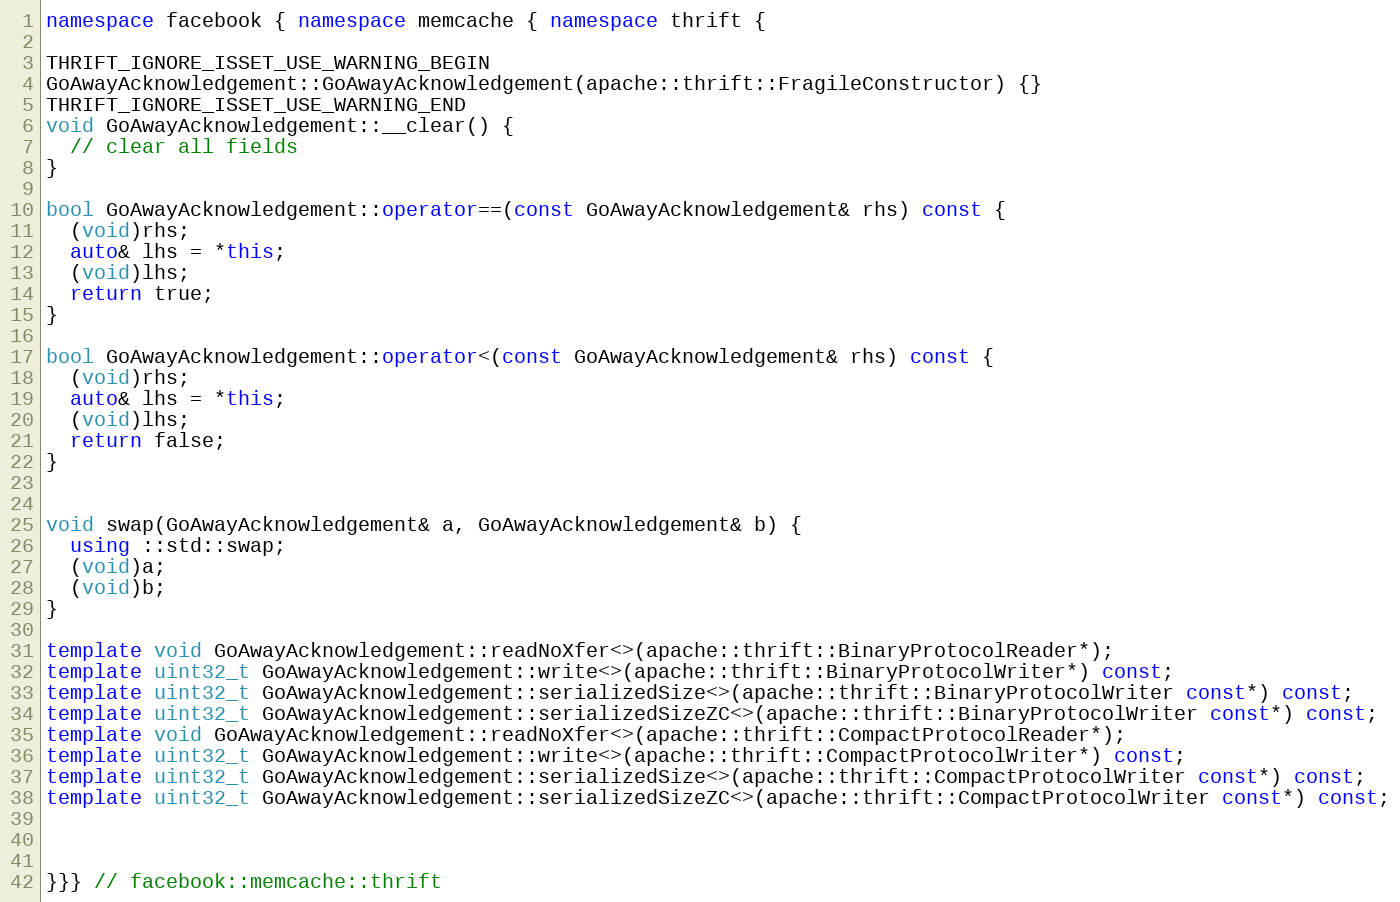
Language: C++
namespace facebook { namespace memcache { namespace thrift {

THRIFT_IGNORE_ISSET_USE_WARNING_BEGIN
GoAwayAcknowledgement::GoAwayAcknowledgement(apache::thrift::FragileConstructor) {}
THRIFT_IGNORE_ISSET_USE_WARNING_END
void GoAwayAcknowledgement::__clear() {
  // clear all fields
}

bool GoAwayAcknowledgement::operator==(const GoAwayAcknowledgement& rhs) const {
  (void)rhs;
  auto& lhs = *this;
  (void)lhs;
  return true;
}

bool GoAwayAcknowledgement::operator<(const GoAwayAcknowledgement& rhs) const {
  (void)rhs;
  auto& lhs = *this;
  (void)lhs;
  return false;
}

void swap(GoAwayAcknowledgement& a, GoAwayAcknowledgement& b) {
  using ::std::swap;
  (void)a;
  (void)b;
}

template void GoAwayAcknowledgement::readNoXfer<>(apache::thrift::BinaryProtocolReader*);
template uint32_t GoAwayAcknowledgement::write<>(apache::thrift::BinaryProtocolWriter*) const;
template uint32_t GoAwayAcknowledgement::serializedSize<>(apache::thrift::BinaryProtocolWriter const*) const;
template uint32_t GoAwayAcknowledgement::serializedSizeZC<>(apache::thrift::BinaryProtocolWriter const*) const;
template void GoAwayAcknowledgement::readNoXfer<>(apache::thrift::CompactProtocolReader*);
template uint32_t GoAwayAcknowledgement::write<>(apache::thrift::CompactProtocolWriter*) const;
template uint32_t GoAwayAcknowledgement::serializedSize<>(apache::thrift::CompactProtocolWriter const*) const;
template uint32_t GoAwayAcknowledgement::serializedSizeZC<>(apache::thrift::CompactProtocolWriter const*) const;

}}} // facebook::memcache::thrift